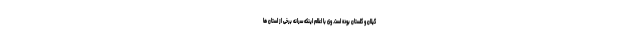
گیلان و گلستان بوده است. وی با اعلام اینکه سرانه برخی از استان ها